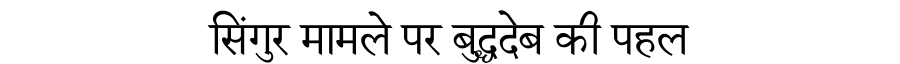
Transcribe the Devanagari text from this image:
सिंगुर मामले पर बुद्धदेब की पहल